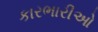
કારભારીઓ